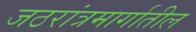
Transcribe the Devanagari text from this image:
जठरांत्रमार्गातील